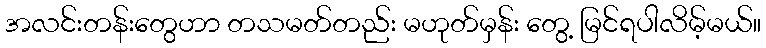
အလင်းတန်းတွေဟာ တသမတ်တည်း မဟုတ်မှန်း တွေ့ မြင်ရပါလိမ့်မယ်။